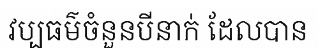
វប្បធម៌ចំនួនបីនាក់ ដែលបាន